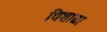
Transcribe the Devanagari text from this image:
विशाळा